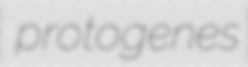
protogenes